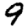
Digit: 9